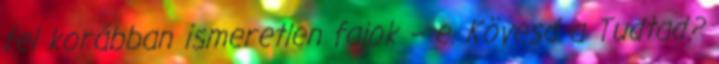
fel korábban ismeretlen fajok – e. Kövesd a Tudtad?